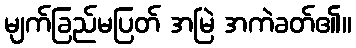
မျက်ခြည်မပြတ် အမြဲ အကဲခတ်၏။